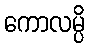
ကောလမ္ပိ